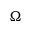
\Omega